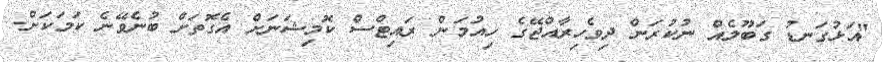
"އަޅުގަނޑު ގަބޫލެއް ނުކުރަން ދިވެހިރާއްޖޭގެ ހިއުމަން ރައިޓްސް ކޮމިޝަނަށް އެގޮތަށް ބުނެވޭނެ ކަމަކަށް.